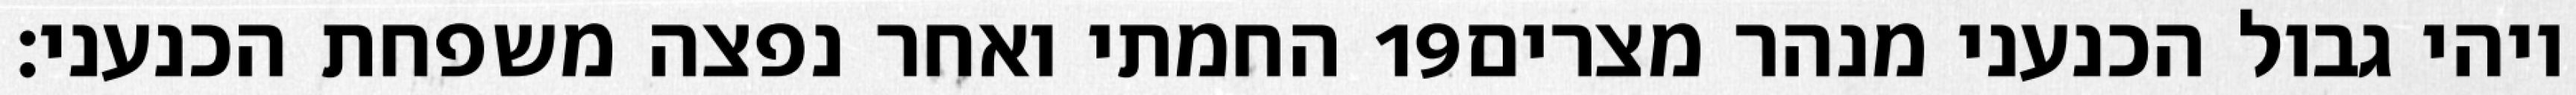
החמתי ואחר נפצה משפחת הכנעני׃ ‎19‏ ויהי גבול הכנעני מנהר מצרים